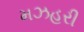
મઝહરી